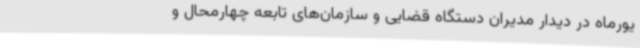
یورماه در دیدار مدیران دستگاه قضایی و سازمان‌های تابعه چهارمحال و